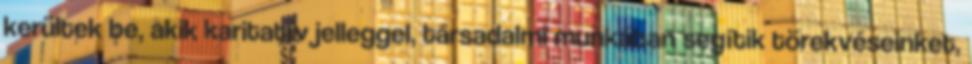
kerültek be, akik karitatív jelleggel, társadalmi munkában segítik törekvéseinket,